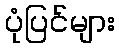
ပုံပြင်များ